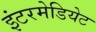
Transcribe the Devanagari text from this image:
इंटरमेडियेट